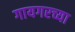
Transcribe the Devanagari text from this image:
गायगरच्या